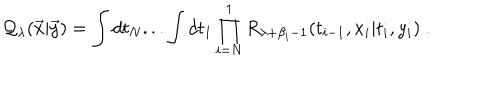
LaTeX: { \cal Q } _ { \lambda } ( { \vec { x } } | { \vec { y } } ) = \int d t _ { N } . . . \int d t _ { 1 } \prod _ { i = N } ^ { 1 } R _ { \lambda + \beta _ { i } - 1 } ( t _ { i - 1 } , x _ { i } | t _ { i } , y _ { i } ) ~ .